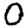
Digit: 0